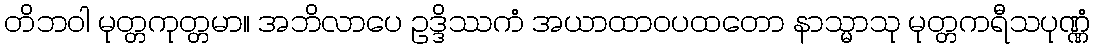
တိဘဝါ မုတ္တကုတ္တမာ။ အဘိလာပေ ဥဒ္ဒိဿကံ အယာထာဝပထတော နာသ္မာသု မုတ္တကရီသပုဏ္ဏံ